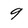
Character: 9